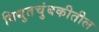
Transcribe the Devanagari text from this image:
विद्युतचुंबकीतील